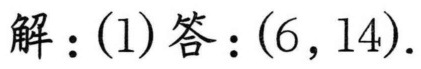
解：(1)答：\((6,14)\).